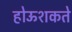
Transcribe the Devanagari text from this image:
होऊशकते